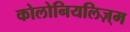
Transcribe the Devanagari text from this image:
कोलोनियलिज़्म